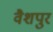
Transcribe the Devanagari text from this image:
वैशपुर